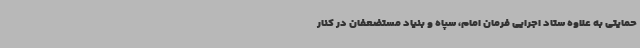
حمایتی به علاوه ستاد اجرایی فرمان امام، سپاه و بنیاد مستضعفان در کنار